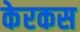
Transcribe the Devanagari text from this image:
केरकस